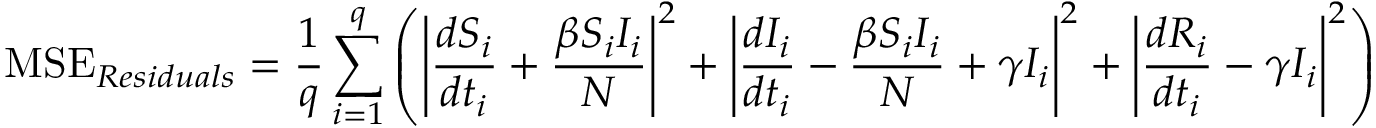
\mathrm { M S E } _ { R e s i d u a l s } = \frac { 1 } { q } \sum _ { i = 1 } ^ { q } \left( \left| \frac { d { S } _ { i } } { d t _ { i } } + \frac { \beta { S } _ { i } { I } _ { i } } { N } \right| ^ { 2 } + \left| \frac { d { I } _ { i } } { d t _ { i } } - \frac { \beta { S } _ { i } { I } _ { i } } { N } + \gamma I _ { i } \right| ^ { 2 } + \left| \frac { d { R } _ { i } } { d t _ { i } } - \gamma I _ { i } \right| ^ { 2 } \right)